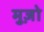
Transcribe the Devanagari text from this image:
मुज़ो